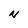
Character: N